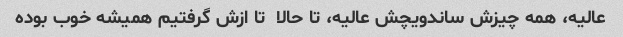
عالیه، همه چیزش ساندویچش عالیه، تا حالا  تا ازش گرفتیم همیشه خوب بوده